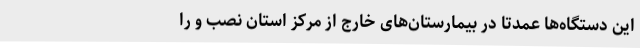
این دستگاه‌ها عمدتاً در بیمارستان‌های خارج از مرکز استان نصب و را